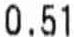
0.51